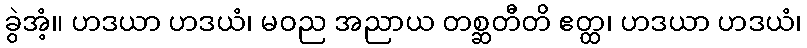
ခွဲအံ့။ ဟဒယာ ဟဒယံ၊ မဝည အညာယ တစ္ဆတီတိ ဧတ္ထ၊ ဟဒယာ ဟဒယံ၊